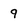
Character: 9